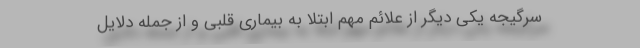
سرگیجه یکی دیگر از علائم مهم ابتلا به بیماری قلبی و از جمله دلایل